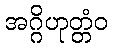
အဂ္ဂိဟုတ္တံဝ